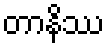
တာနိဿ